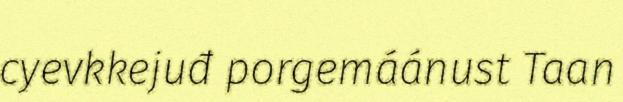
cyevkkejuđ porgemáánust Taan